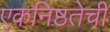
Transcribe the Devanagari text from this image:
एकनिष्ठतेची